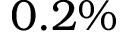
0 . 2 \%